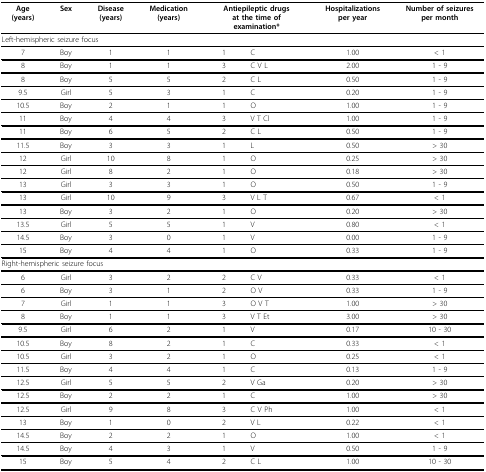
<table><thead><tr><td><b>Age(years)</b></td><td><b>Sex</b></td><td><b>Disease(years)</b></td><td><b>Medication(years)</b></td><td colspan="2"><b>Antiepileptic drugsat the time ofexamination*</b></td><td><b>Hospitalizationsper year</b></td><td><b>Number of seizuresper month</b></td></tr></thead><tbody><tr><td colspan="8">Left-hemispheric seizure focus</td></tr><tr><td>7</td><td>Boy</td><td>1</td><td>1</td><td>1</td><td>C</td><td>1.00</td><td>&lt; 1</td></tr><tr><td>8</td><td>Boy</td><td>1</td><td>1</td><td>3</td><td>C V L</td><td>2.00</td><td>1 - 9</td></tr><tr><td>8</td><td>Boy</td><td>5</td><td>5</td><td>2</td><td>C L</td><td>0.50</td><td>1 - 9</td></tr><tr><td>9.5</td><td>Girl</td><td>5</td><td>3</td><td>1</td><td>C</td><td>0.20</td><td>1 - 9</td></tr><tr><td>10.5</td><td>Boy</td><td>2</td><td>1</td><td>1</td><td>O</td><td>1.00</td><td>1 - 9</td></tr><tr><td>11</td><td>Boy</td><td>4</td><td>4</td><td>3</td><td>V T Cl</td><td>1.00</td><td>1 - 9</td></tr><tr><td>11</td><td>Boy</td><td>6</td><td>5</td><td>2</td><td>C L</td><td>0.50</td><td>1 - 9</td></tr><tr><td>11.5</td><td>Boy</td><td>3</td><td>3</td><td>1</td><td>L</td><td>0.50</td><td>&gt; 30</td></tr><tr><td>12</td><td>Girl</td><td>10</td><td>8</td><td>1</td><td>O</td><td>0.25</td><td>&gt; 30</td></tr><tr><td>12</td><td>Girl</td><td>8</td><td>2</td><td>1</td><td>O</td><td>0.18</td><td>&gt; 30</td></tr><tr><td>13</td><td>Girl</td><td>3</td><td>3</td><td>1</td><td>O</td><td>0.50</td><td>1 - 9</td></tr><tr><td>13</td><td>Girl</td><td>10</td><td>9</td><td>3</td><td>V L T</td><td>0.67</td><td>&lt; 1</td></tr><tr><td>13</td><td>Boy</td><td>3</td><td>2</td><td>1</td><td>O</td><td>0.20</td><td>&gt; 30</td></tr><tr><td>13.5</td><td>Girl</td><td>5</td><td>5</td><td>1</td><td>V</td><td>0.80</td><td>&lt; 1</td></tr><tr><td>14.5</td><td>Boy</td><td>3</td><td>0</td><td>1</td><td>V</td><td>0.00</td><td>1 - 9</td></tr><tr><td>15</td><td>Boy</td><td>4</td><td>4</td><td>1</td><td>O</td><td>0.33</td><td>1 - 9</td></tr><tr><td colspan="8">Right-hemispheric seizure focus</td></tr><tr><td>6</td><td>Girl</td><td>3</td><td>2</td><td>2</td><td>C V</td><td>0.33</td><td>&lt; 1</td></tr><tr><td>6</td><td>Boy</td><td>3</td><td>1</td><td>2</td><td>O V</td><td>0.33</td><td>1 - 9</td></tr><tr><td>7</td><td>Girl</td><td>1</td><td>1</td><td>3</td><td>O V T</td><td>1.00</td><td>&gt; 30</td></tr><tr><td>8</td><td>Boy</td><td>1</td><td>1</td><td>3</td><td>V T Et</td><td>3.00</td><td>&gt; 30</td></tr><tr><td>9.5</td><td>Girl</td><td>6</td><td>2</td><td>1</td><td>V</td><td>0.17</td><td>10 - 30</td></tr><tr><td>10.5</td><td>Boy</td><td>8</td><td>2</td><td>1</td><td>C</td><td>0.33</td><td>&lt; 1</td></tr><tr><td>10.5</td><td>Girl</td><td>3</td><td>2</td><td>1</td><td>O</td><td>0.25</td><td>&lt; 1</td></tr><tr><td>11.5</td><td>Boy</td><td>4</td><td>4</td><td>1</td><td>C</td><td>0.13</td><td>1 - 9</td></tr><tr><td>12.5</td><td>Girl</td><td>5</td><td>5</td><td>2</td><td>V Ga</td><td>0.20</td><td>&gt; 30</td></tr><tr><td>12.5</td><td>Boy</td><td>2</td><td>2</td><td>1</td><td>C</td><td>1.00</td><td>&gt; 30</td></tr><tr><td>12.5</td><td>Girl</td><td>9</td><td>8</td><td>3</td><td>C V Ph</td><td>1.00</td><td>&lt; 1</td></tr><tr><td>13</td><td>Boy</td><td>1</td><td>0</td><td>2</td><td>V L</td><td>0.22</td><td>&lt; 1</td></tr><tr><td>14.5</td><td>Boy</td><td>2</td><td>2</td><td>1</td><td>O</td><td>1.00</td><td>&lt; 1</td></tr><tr><td>14.5</td><td>Boy</td><td>4</td><td>3</td><td>1</td><td>V</td><td>0.50</td><td>1 - 9</td></tr><tr><td>15</td><td>Boy</td><td>5</td><td>4</td><td>2</td><td>C L</td><td>1.00</td><td>10 - 30</td></tr></tbody></table>